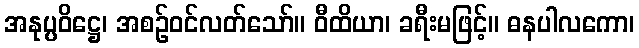
အနုပ္ပဝိဋ္ဌေ၊ အစဉ်ဝင်လတ်သော်။ ဝီထိယာ၊ ခရီးမဖြင့်။ ဓနပါလကော၊